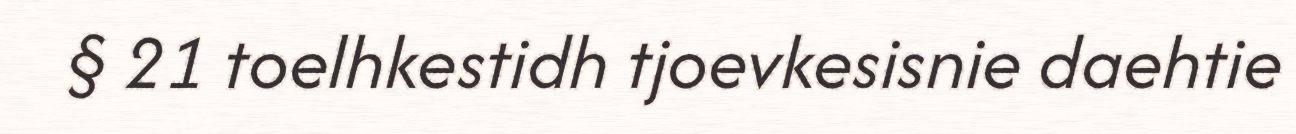
§ 21 toelhkestidh tjoevkesisnie daehtie